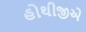
હોથીજીએ